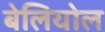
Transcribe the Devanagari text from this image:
बेलियोल